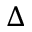
\Delta